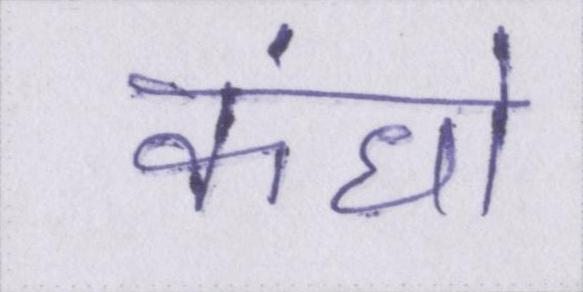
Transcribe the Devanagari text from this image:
कंधो